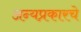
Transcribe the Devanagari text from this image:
अन्यप्रकारचे